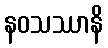
နဝသဿာနိ